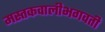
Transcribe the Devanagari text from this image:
मस्तकवालीभगवती